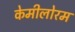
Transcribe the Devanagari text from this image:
केमीलोरम